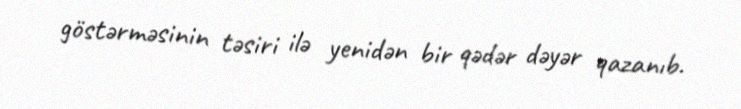
göstərməsinin təsiri ilə yenidən bir qədər dəyər qazanıb.